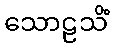
သောဠသိံ